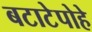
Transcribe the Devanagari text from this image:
बटाटेपोहे